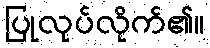
ပြုလုပ်လိုက်၏။